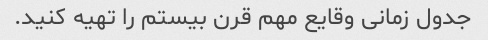
جدول زمانی وقایع مهم قرن بیستم را تهیه کنید.